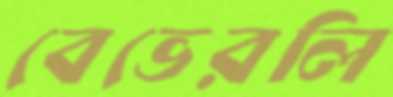
বেভেরলি